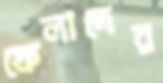
ফেলাদের